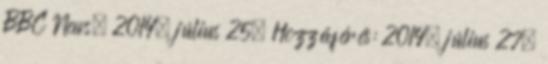
BBC News, 2014. július 25. Hozzáférés: 2014. július 27.